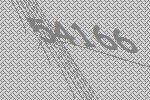
54166